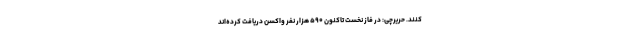
کنند. حریرچی: در فاز نخست تاکنون ۵۹۰ هزار نفر واکسن دریافت کرده‌اند